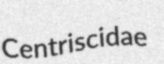
Centriscidae